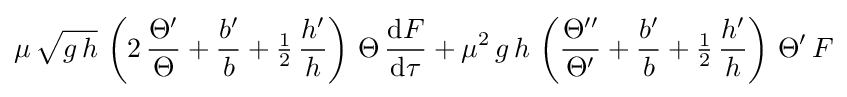
\mu \,{\sqrt {g\,h}}\,\left(2\,{\frac {\Theta '}{\Theta }}+{\frac {b'}{b}}+{\tfrac {1}{2}}\,{\frac {h'}{h}}\right)\,\Theta \,{\frac {\mathrm {d} F}{\mathrm {d} \tau }}+\mu ^{2}\,g\,h\,\left({\frac {\Theta ''}{\Theta '}}+{\frac {b'}{b}}+{\tfrac {1}{2}}\,{\frac {h'}{h}}\right)\,\Theta '\,F